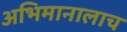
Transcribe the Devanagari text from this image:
अभिमानालाच